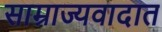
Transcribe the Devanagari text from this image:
साम्राज्यवादात